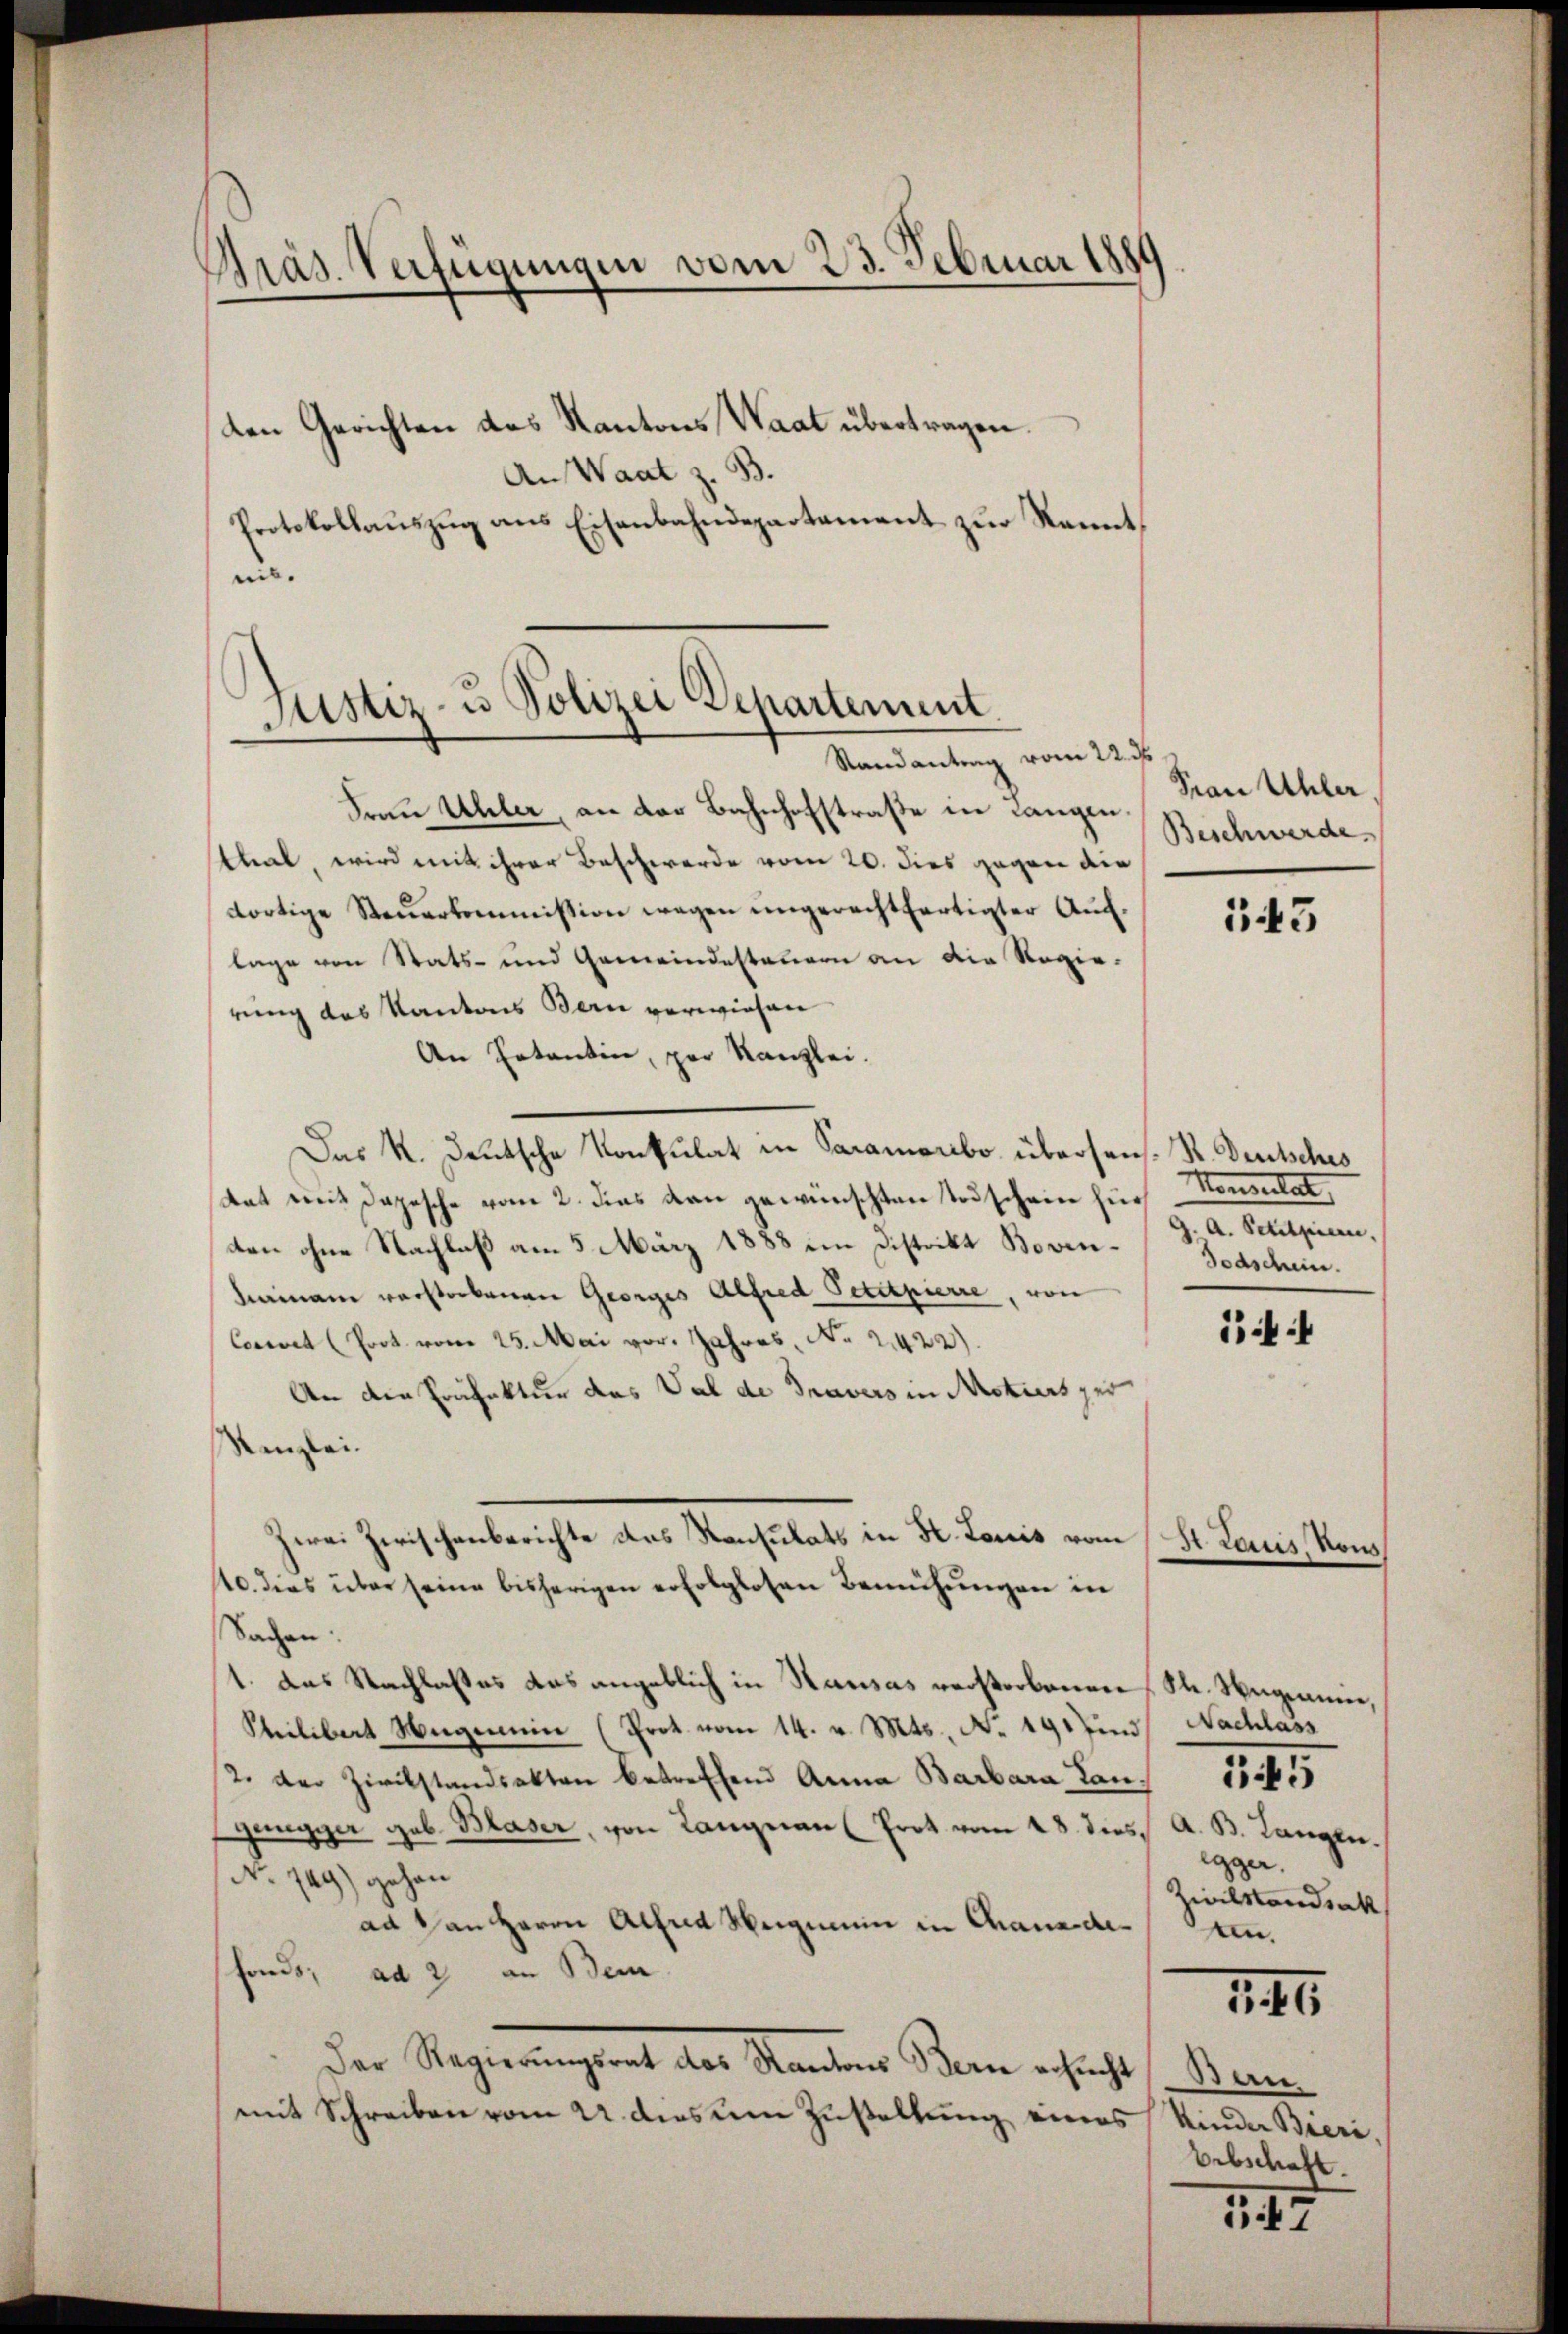
Präs. Verfügungen vom 23. Februar 1881

den Gerichten des Kantons Waat übertragen.
An Waat z. B.
Protokollauszug aus Eisenbahndepartement zur Kennt,
eib.

Justiz- u Polizei Departement.
Randantrag vom 22. ds

Frau Uhler, an der Bahnhofstraße in Langen.
thal, wird mit ihrer Beschwerde vom 20. dies gegen die
dortige Steŭerkommission wegen ungerechtfertigter Aŭf-
lage von Stats- und Gemeindestauern an die Regie-
rung des Kantons Bern verwiesen
An Entantin, par Kanzlei.
Das K. Deutsche Konsulat in Paramonbo übersen- R. Deutsches
tat mit Depesche vom 2. dies von gewünschten Todschein für
ten ohne Nachlaß am 5. März 1888 im Distrikt Boven¬
Kainam verstorbenen Georges Alfred Petitpierre, von
Concret (Prot. vom 25. Mai vor. Jahres, No 21422).
An die Präfektur das Val de Travers in Motiers per
enzlei.
Zwei Zwischenberichte des Konsulats in K. Louis vom St. Lauis, Kons
10. dies über seine bisherigen erfolglosen Bemühungen in
Sachen:
1. Das Nachlasses das angeblich in Hausas verstorbenen St. Neigenmie,
Steilibert Hagemein (Prot. vom 14. v. Mts., No. 191 in Nachlass
2. der Zirckstandsakten betreffend Anna Barbara Langüngger geb. Blaser, von Langnau (Prot vom 28. dies, A. B. Langen.
No. 149) gehen
ad von Herrn Altra Weigmein in Chanadefonds, ad 2 an Bein
Der Regierungsrat des Stantons Bern ersucht, Bern
mit Schreiben vom 4. dies um Zustellung eines

Frau Uhler
Beschwerde.

143

Konsultat
A. Schutzen,
Todschein.

ii

egger.
Zivilstandsat
n.

145

1

Kinder Bieri,
Bebschaft.

547